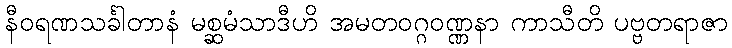
နီဝရဏသင်္ခါတာနံ မစ္ဆမံသာဒီဟိ အမတဝဂ္ဂဝဏ္ဏနာ ကာသီတိ ပဗ္ဗတရာဇာ